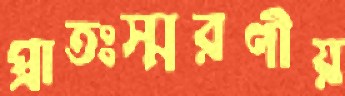
প্রাতঃস্মরণীয়